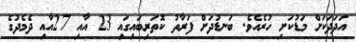
އަދަދަކަށް މަޑުކަށި ހުރެއެވެ. ބަނޑުދަށް ފަރާތު ކޮތަރިބައިގައި 23 އާއި 27އާއި ދެމެދުގެ